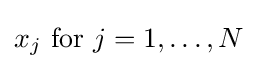
x_{j}{\text{ for }}j=1,\ldots ,N